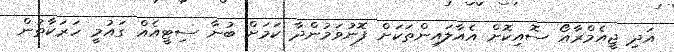
އަދި ޖީއެމްރާއޯ ސޮއިކޮށް އެއާލައިންތަކަށް ފޮނުވަމުންދާ ކަމަށް ބުނާ ސިޓީއެއް ގައުމީ ހަރަކާތުން